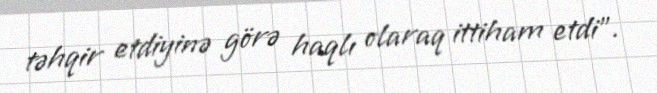
təhqir etdiyinə görə haqlı olaraq ittiham etdi”.